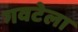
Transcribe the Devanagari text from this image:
गवटेला